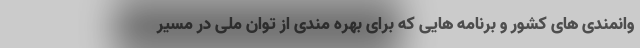
وانمندی های کشور و برنامه هایی که برای بهره مندی از توان ملی در مسیر